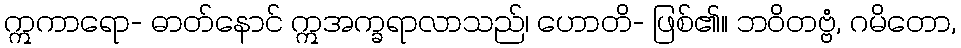
ဣကာရော- ဓာတ်နောင် ဣအက္ခရာလာသည်၊ ဟောတိ- ဖြစ်၏။ ဘဝိတဗ္ဗံ, ဂမိတော,